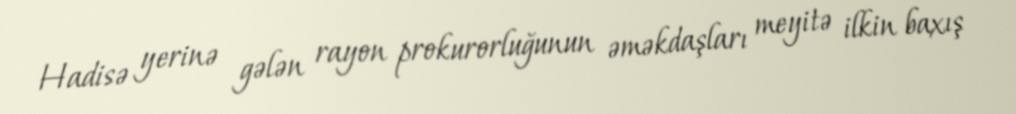
Hadisə yerinə gələn rayon prokurorluğunun əməkdaşları meyitə ilkin baxış